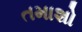
તમાશો